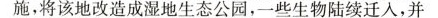
施，将该地改造成湿地生态公园，一些生物陆续迁人，并